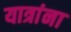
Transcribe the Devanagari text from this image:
यात्रांना